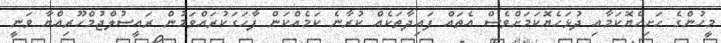
މީހުންގެ ހަށިހެޔޮކަމާއި ދުޅަހެޔޮކަމަށްވެސް އެތައް ފައިދާތަކެއް ކުރާނެ ކަމެއްކަން ފާހަގަކުރައްވަމުން ރައީސުލްޖުމްހޫރިއްޔާ ވަނީ